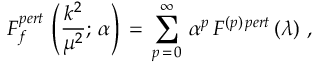
F _ { f } ^ { p e r t } \, \left( \frac { k ^ { 2 } } { \mu ^ { 2 } } ; \, \alpha \right) \, = \, \sum _ { p \, = \, 0 } ^ { \infty } \, \alpha ^ { p } \, F ^ { ( p ) \, p e r t } \, ( \lambda ) \, \, ,